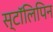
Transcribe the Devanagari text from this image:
स्टॉलिपिन